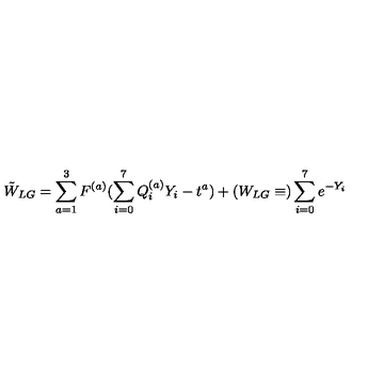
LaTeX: \tilde { W } _ { L G } = \sum _ { a = 1 } ^ { 3 } F ^ { ( a ) } ( \sum _ { i = 0 } ^ { 7 } Q _ { i } ^ { ( a ) } Y _ { i } - t ^ { a } ) + ( W _ { L G } \equiv ) \sum _ { i = 0 } ^ { 7 } e ^ { - Y _ { i } }